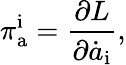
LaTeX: \pi_{\mathrm{a}}^{\mathrm{i}}={\frac{\partial L}{\partial\dot{a}_{\mathrm{i}}}},